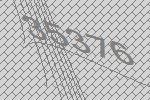
35376